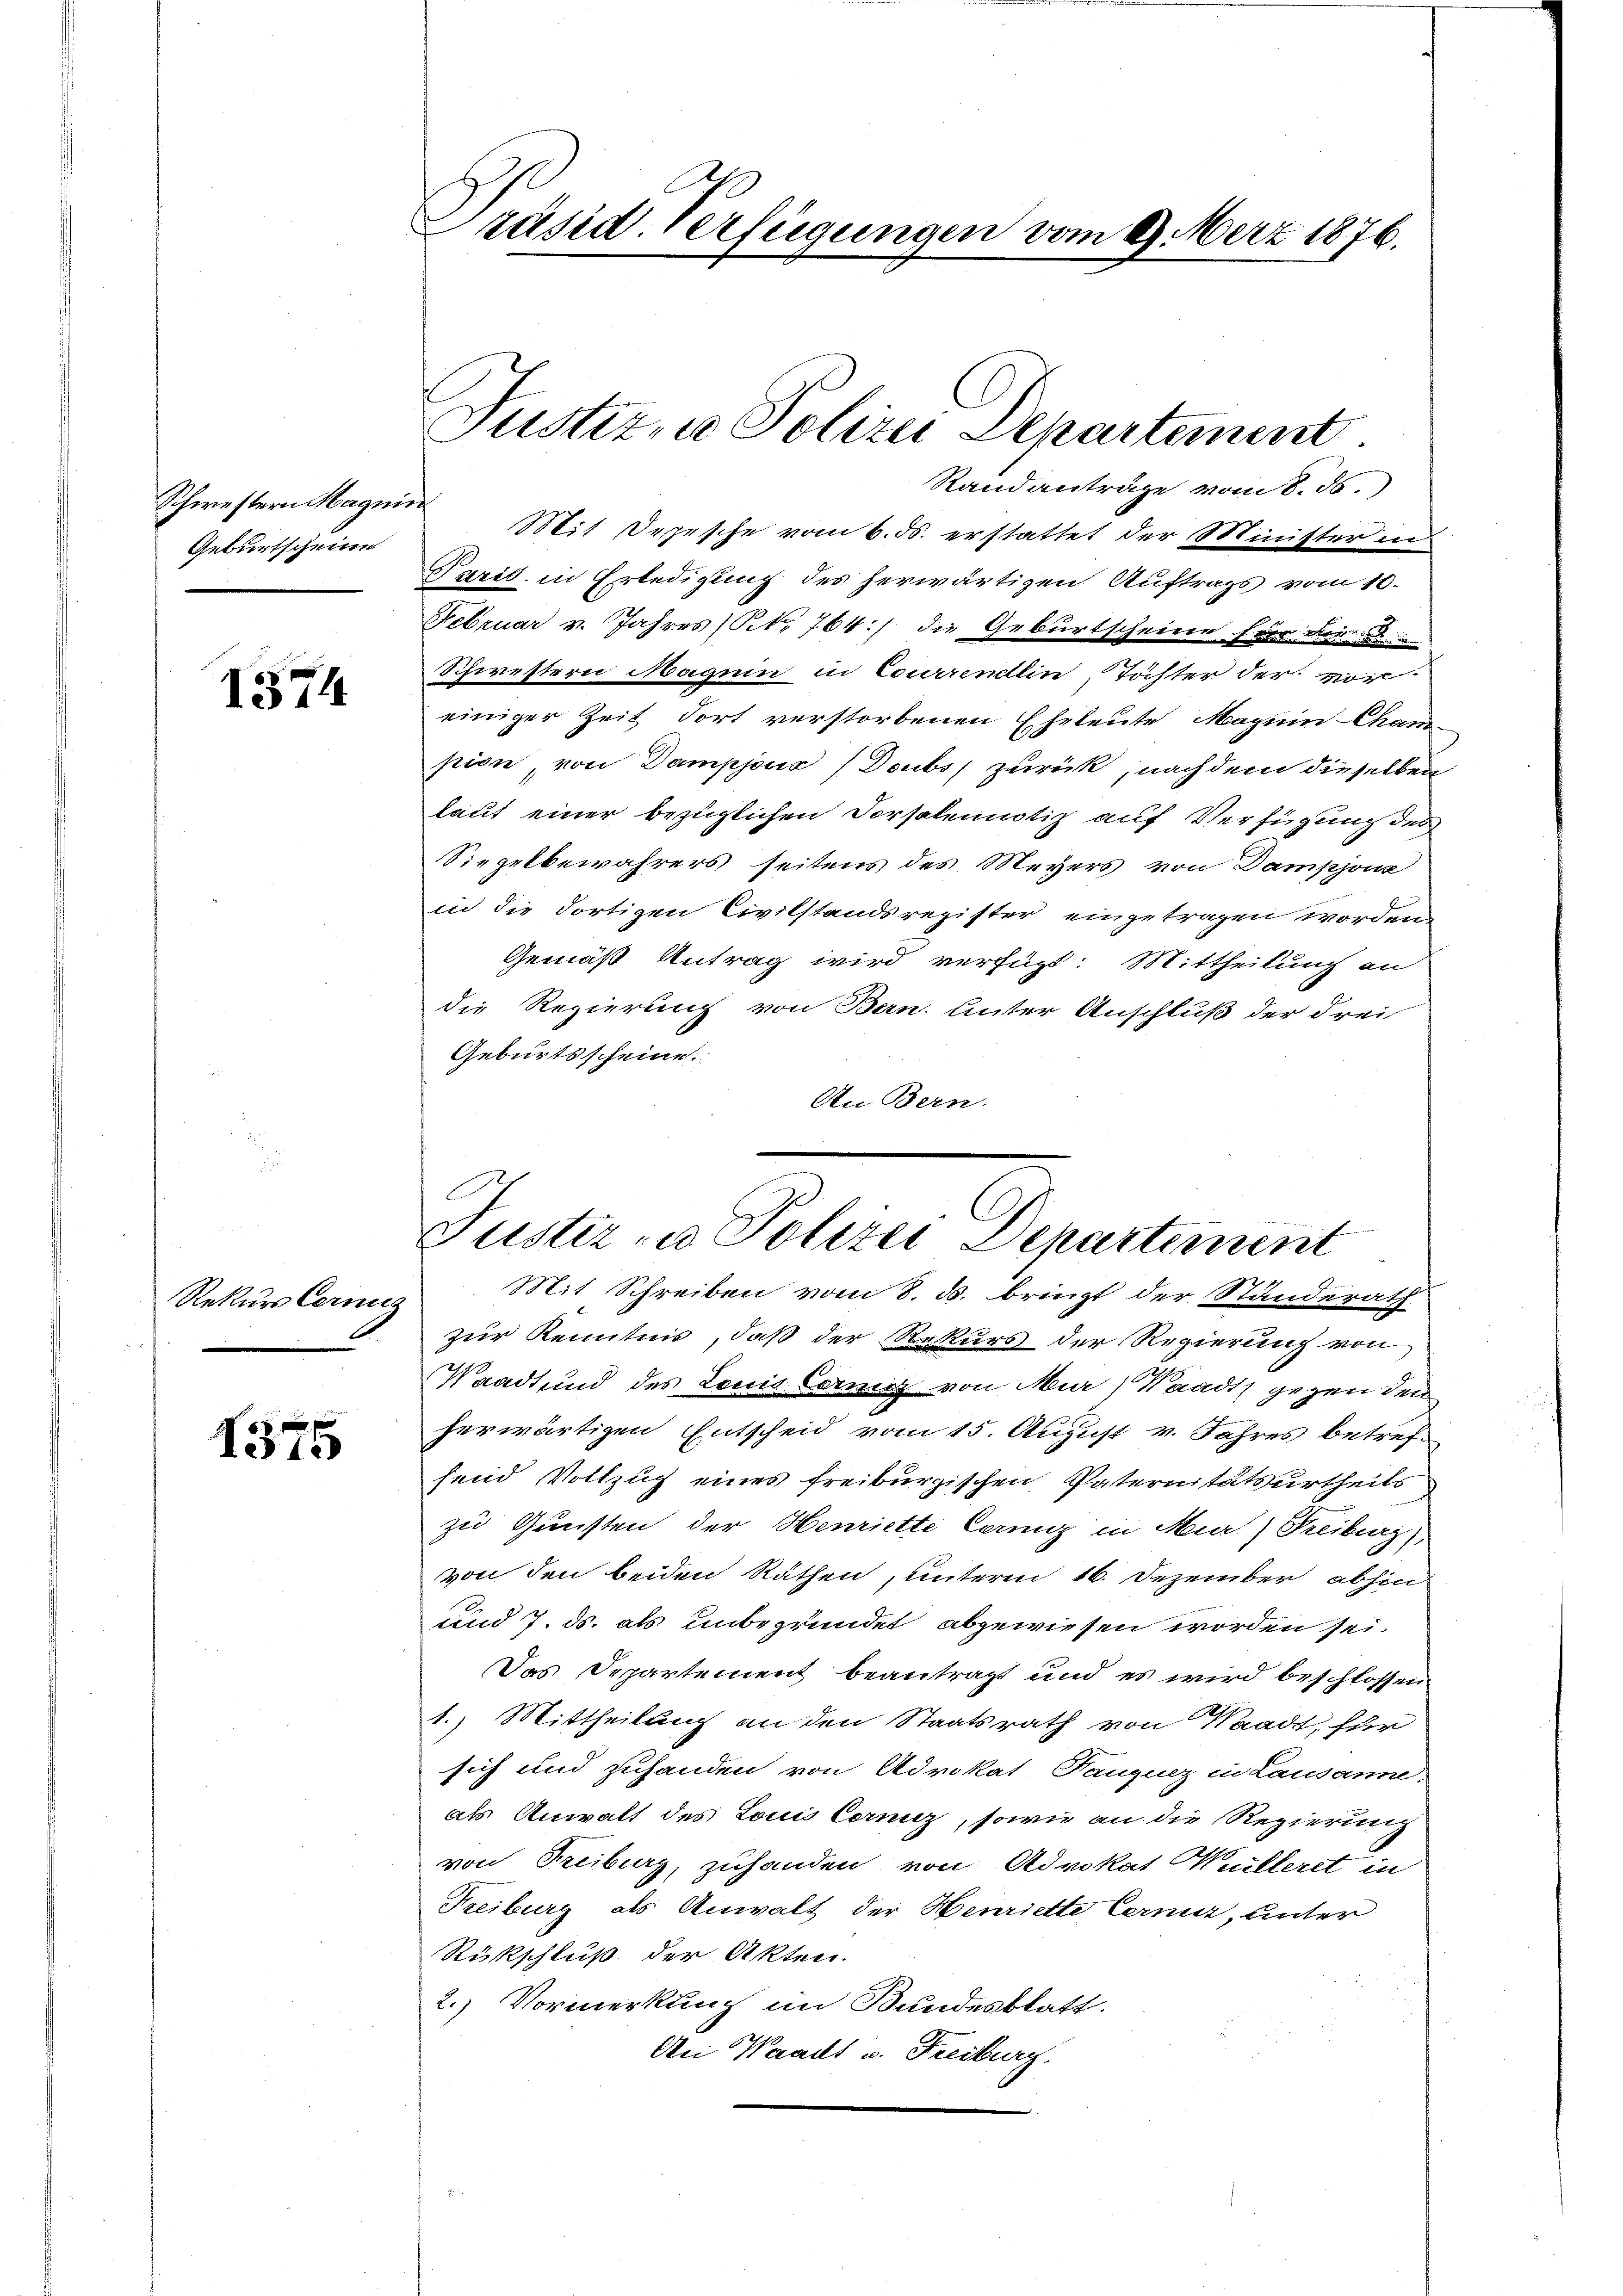
Schwestern Magnie
Geburtschein

1574

Rekurs Cerni

1375

räsid. Verfügungen vom 9. Merz 1876.

Justiz, u. Polizei Departement

Randanträge vom 8. ds.
Mit Depesche vom 6. ds. erstattet der Minister in
Paris, in Erledigung des herwärtigen Auftrags vom 10.
Februar v. Jahres (Art. 764 :/ die Geburtscheine für der
Schwestern Magum in Courrendlin, Töchter der vor-
einiger Zeit fort verstorbenen Eheleute Maguin Cham
pien, von Dampjoux (Doubs zurück, nach dem dieselben
laut einer bezüglichen Vorsalemnotiz auf Verfügung des
Siegelbewährers seitens des Meyers von Dampjonz
in die dortigen Civilstandsregister eingetragen worden.
Gemäß Antrag wird verfügt: Mittheilung an
die Regierung von Bern. Unter Anschluß der drei
Geburtsscheine.
An Bern.

Justiz u. Polizei Departement
Mit Schreiben vom 8. ds. bringt der Standerath
2

zur Kenntnis, daß der Rekurs der Regierung von
Waadt und des Louis Correnz von Mur) Waadt gegen den
herwärtigen Entscheid vom 15. August v. Jahres betref
send Vollzug eines freiburgischen Vaternitätsurtheils
zu Gunsten der Henriette Cernig in Mur) Freiburg,
von den beiden Räthen, unterm 16. Dezember abhin
und 7. ds. als unbegründet abgewiesen worden sei.
Das Departement beantragt und es wird beschlossen
1.) Mittheilung an den Staatsrath von Waadt, für
sich und zuhanden von Advokat Tanzuez in Lausanne:
als Anwalt des Louis Corniz, sowie an die Regierung
von Freiburg, zuhanden von Advokat Mülleret in
Treiburg als Anwalt der Henriette Cerme, unter
Rückschluß der Akten.
2.) Vormerkung im Bundesblatt.
An Waadt u. Freiburg.